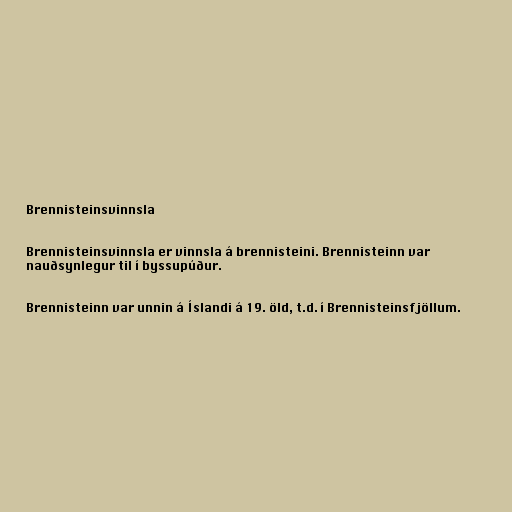
Brennisteinsvinnsla

Brennisteinsvinnsla er vinnsla á brennisteini. Brennisteinn var
nauðsynlegur til í byssupúður.

Brennisteinn var unnin á Íslandi á 19. öld, t.d. í Brennisteinsfjöllum.